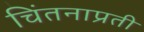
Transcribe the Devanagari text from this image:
चिंतनाप्रती